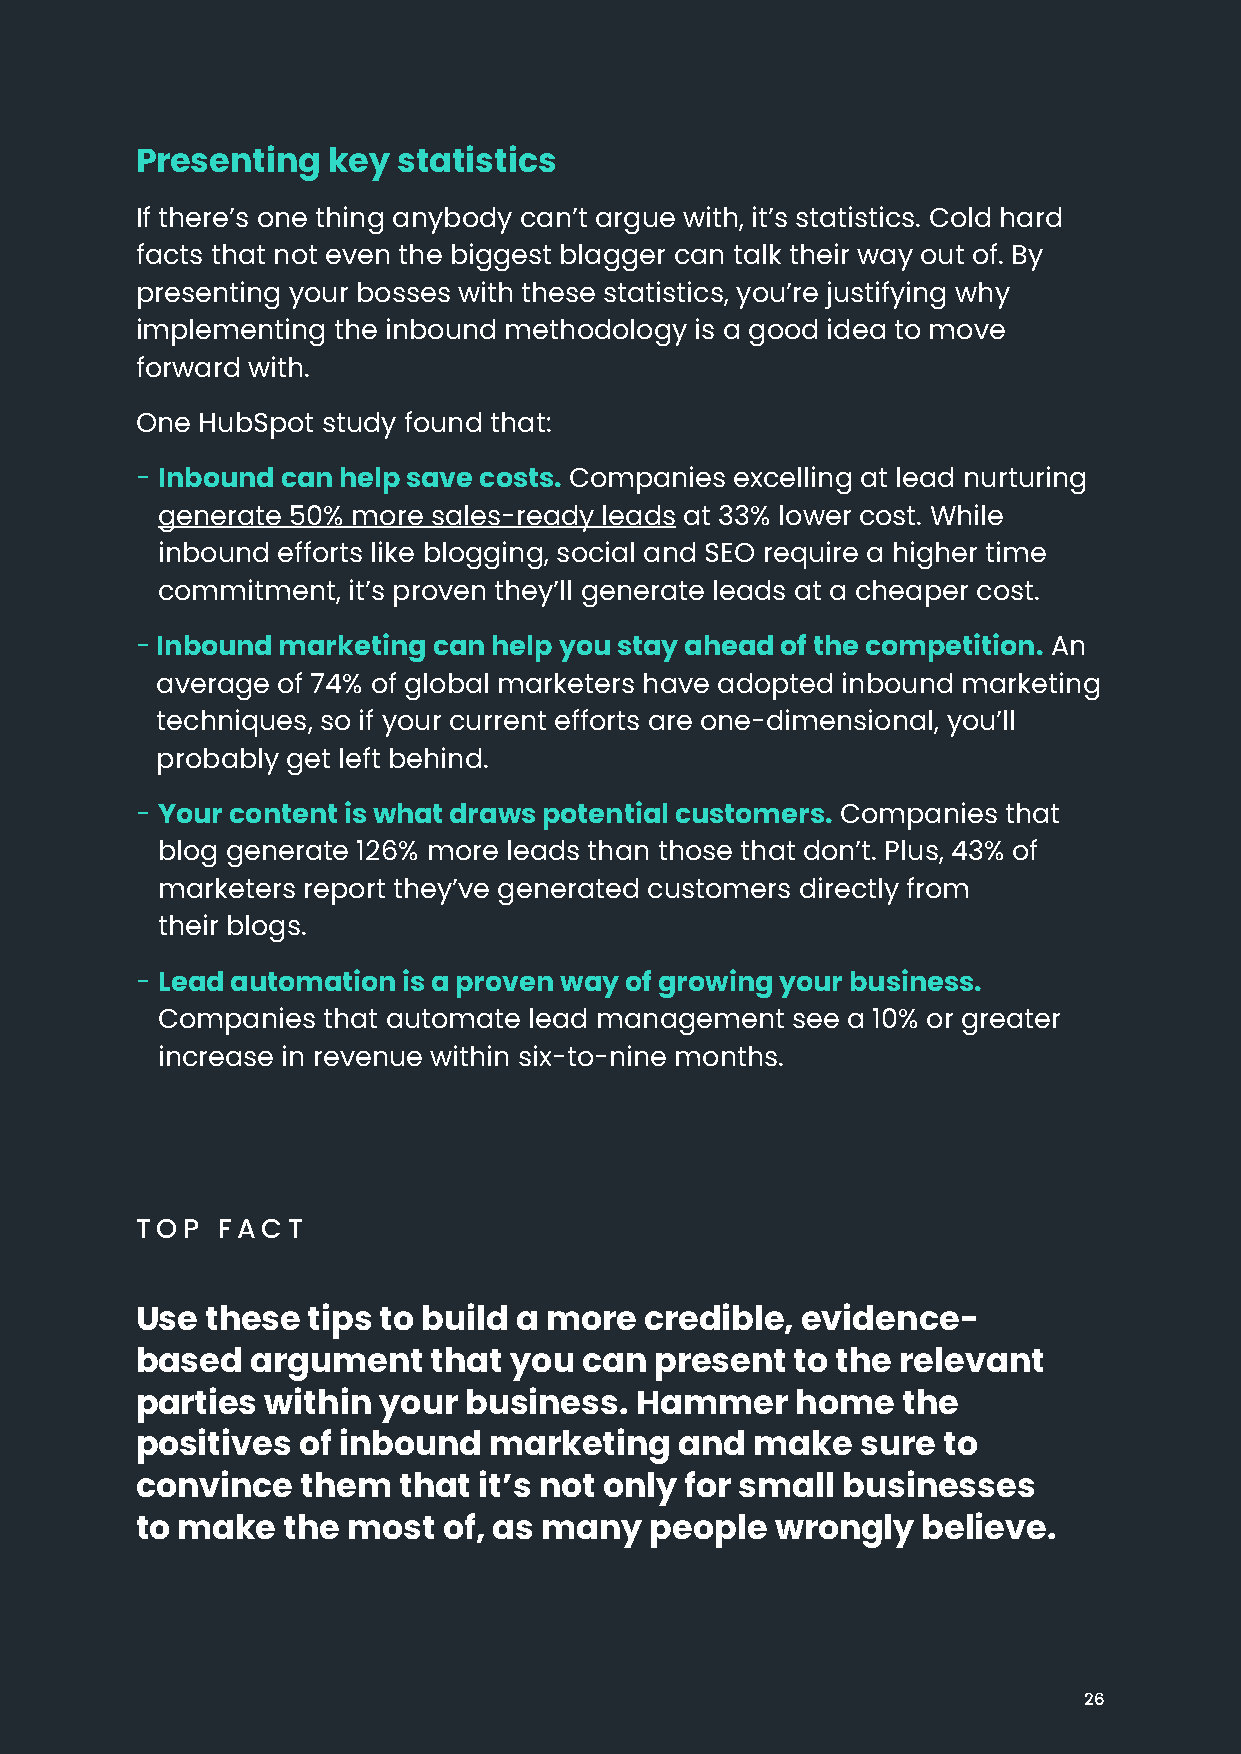
Presenting   key statistics
 If there’s one thing anybody can’t argue with, it’s statistics. Cold hard
 facts that not even the biggest blagger can talk their way out of. By
 presenting your bosses with these statistics, you’re justifying why
 implementing the inbound methodology is a good idea to move
 forward with.
 One HubSpot study found that:
 - Inbound can help save costs. Companies excelling at lead nurturing
 generate 50% more  sales-ready leads at 33% lower cost. While
 inbound efforts like blogging, social and SEO require a higher time
 commitment,  it’s proven they’ll generate leads at a cheaper cost.
 - Inbound marketing can help you stay ahead of the competition. An
 average of 74% of global marketers have adopted inbound marketing
 techniques, so if your current efforts are one-dimensional, you’ll
 probably get left behind.
 - Your content is what draws potential customers. Companies that
 blog generate 126% more leads than those that don’t. Plus, 43% of
 marketers report they’ve generated customers directly from
 their blogs.
 - Lead automation is a proven way of growing your business.
 Companies  that automate lead management  see a 10% or greater
 increase in revenue within six-to-nine months.
 TOP  FACT
 Use  these tips to build a more   credible, evidence-
 based   argument    that you  can present   to the relevant
 parties  within your  business.  Hammer     home   the
 positives  of inbound  marketing    and  make   sure to
 convince   them  that  it’s not only for small businesses
 to make   the most  of, as many   people  wrongly   believe.
 26